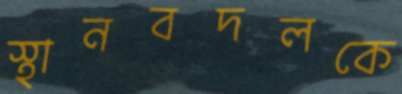
স্থানবদলকে